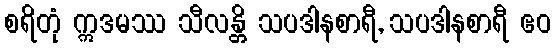
စရိတုံ ဣဒမဿ သီလန္တိ သပဒါနစာရီ, သပဒါနစာရီ ဧဝ